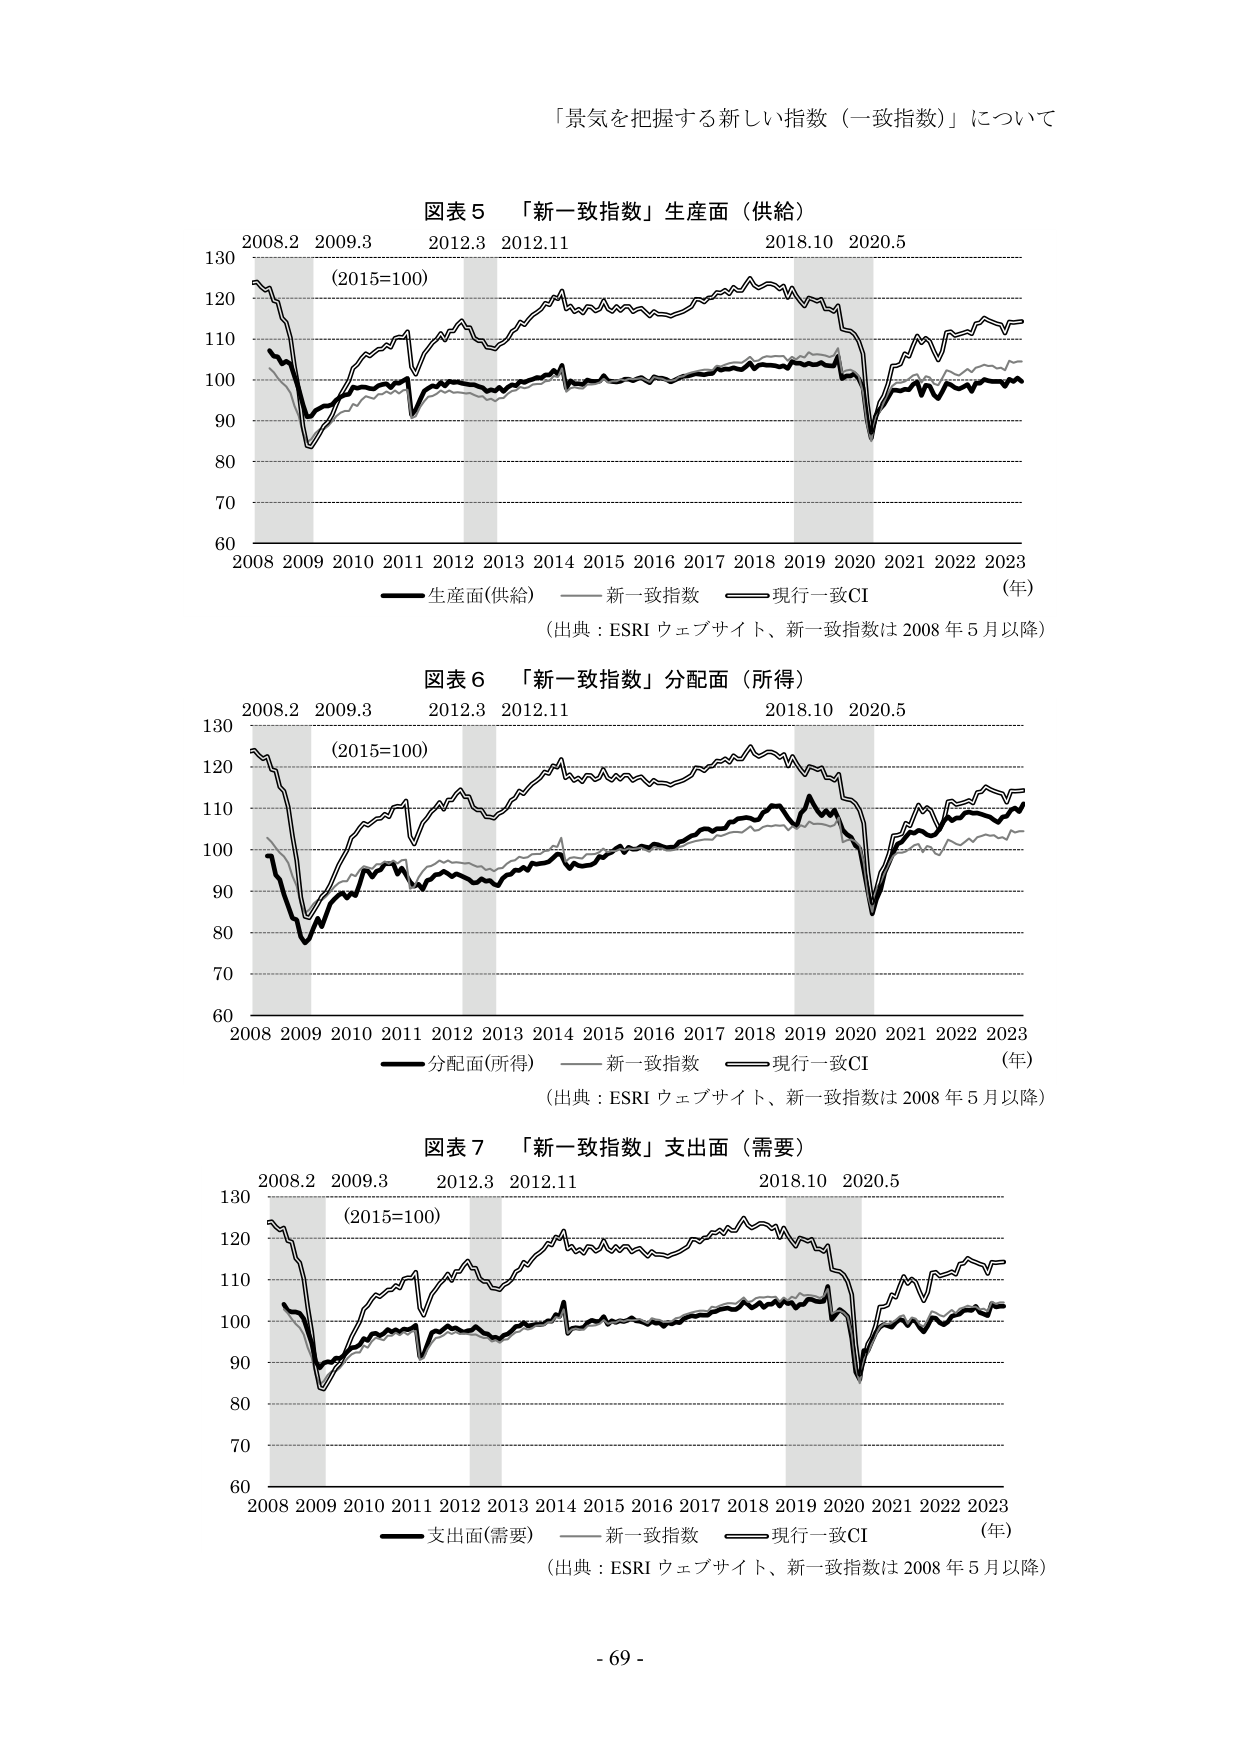
「景気を把握する新しい指数（一致指数）」について

図表５ 「新一致指数」生産面（供給）
2008.2 2009.3 2012.3 2012.11 2018.10 2020.5
(2015=100)
130
120
110
100
90
80
70
60
2008 2009 2010 2011 2012 2013 2014 2015 2016 2017 2018 2019 2020 2021 2022 2023 （年）
―― 生産面(供給) —— 新一致指数 —— 現行一致CI
（出典：ESRI ウェブサイト、新一致指数は 2008 年 5 月以降）

図表６ 「新一致指数」分配面（所得）
2008.2 2009.3 2012.3 2012.11 2018.10 2020.5
(2015=100)
130
120
110
100
90
80
70
60
2008 2009 2010 2011 2012 2013 2014 2015 2016 2017 2018 2019 2020 2021 2022 2023 （年）
―― 分配面(所得) —— 新一致指数 —— 現行一致CI
（出典：ESRI ウェブサイト、新一致指数は 2008 年 5 月以降）

図表７ 「新一致指数」支出面（需要）
2008.2 2009.3 2012.3 2012.11 2018.10 2020.5
(2015=100)
130
120
110
100
90
80
70
60
2008 2009 2010 2011 2012 2013 2014 2015 2016 2017 2018 2019 2020 2021 2022 2023 （年）
―― 支出面(需要) —— 新一致指数 —— 現行一致CI
（出典：ESRI ウェブサイト、新一致指数は 2008 年 5 月以降）

- 69 -